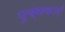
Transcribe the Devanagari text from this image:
पुच्छकाएँ